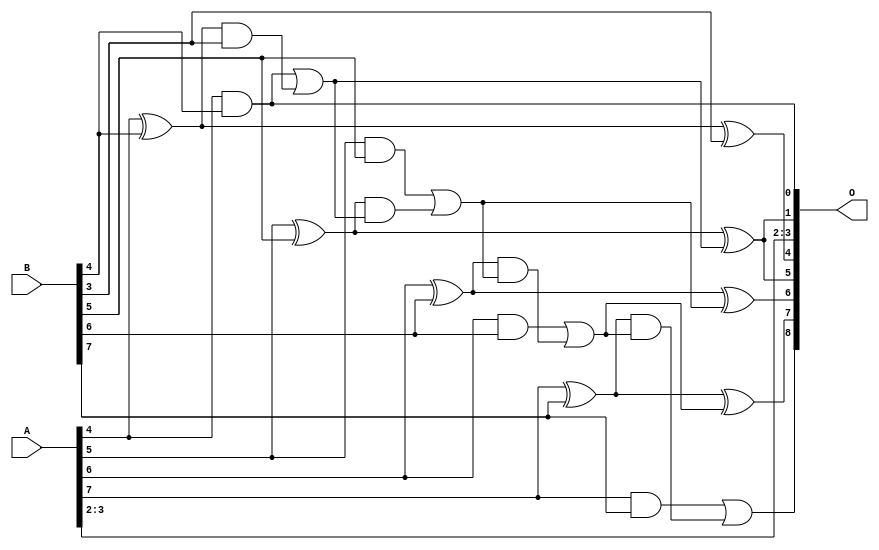
/***
* This code is a part of EvoApproxLib library (ehw.fit.vutbr.cz/approxlib) distributed under The MIT License.
* When used, please cite the following article(s): PRABAKARAN B. S., MRAZEK V., VASICEK Z., SEKANINA L., SHAFIQUE M. ApproxFPGAs: Embracing ASIC-based Approximate Arithmetic Components for FPGA-Based Systems. DAC 2020. 
***/
// MAE% = 0.80 %
// MAE = 4.1 
// WCE% = 2.15 %
// WCE = 11 
// WCRE% = 100.00 %
// EP% = 93.75 %
// MRE% = 2.27 %
// MSE = 24 
// FPGA_POWER = 0.31
// FPGA_DELAY = 6.7
// FPGA_LUT = 4.0


module add8u_01M(A, B, O);
  input [7:0] A, B;
  output [8:0] O;
  wire sig_33, sig_35, sig_37, sig_38, sig_39, sig_40;
  wire sig_42, sig_43, sig_44, sig_45, sig_47, sig_48;
  wire sig_49, sig_50;
  assign sig_33 = A[4] ^ B[4];
  assign O[0] = A[4] & B[4];
  assign sig_35 = sig_33 & B[3];
  assign O[4] = sig_33 ^ B[3];
  assign sig_37 = O[0] | sig_35;
  assign sig_38 = A[5] ^ B[5];
  assign sig_39 = A[5] & B[5];
  assign sig_40 = sig_38 & sig_37;
  assign O[1] = sig_38 ^ sig_37;
  assign sig_42 = sig_39 | sig_40;
  assign sig_43 = A[6] ^ B[6];
  assign sig_44 = A[6] & B[6];
  assign sig_45 = sig_43 & sig_42;
  assign O[6] = sig_43 ^ sig_42;
  assign sig_47 = sig_44 | sig_45;
  assign sig_48 = A[7] ^ B[7];
  assign sig_49 = A[7] & B[7];
  assign sig_50 = sig_48 & sig_47;
  assign O[7] = sig_48 ^ sig_47;
  assign O[8] = sig_49 | sig_50;
  assign O[2] = A[2];
  assign O[3] = A[3];
  assign O[5] = O[1];
endmodule